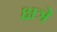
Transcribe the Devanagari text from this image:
क्षत्रे